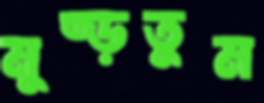
মুষ্‌ড়তুম